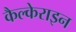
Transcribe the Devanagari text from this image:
कैल्‍केराइन